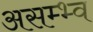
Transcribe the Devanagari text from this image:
असम्भ्व